Document type: Sale
Year: 1461
Scribe: [Unknown]
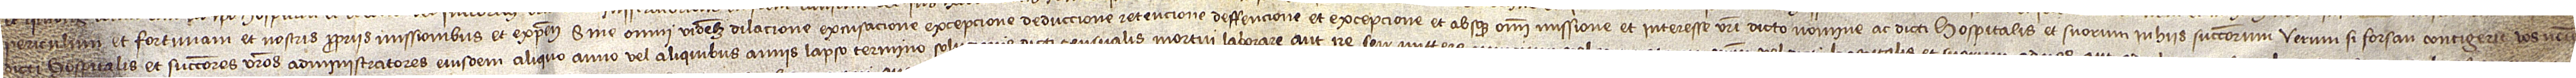
periculum et fortunam, et nostris propriis missionibus et expensis, sine omni videlicet dilacione, excusacione, excepcione, deduccione, retencione, deffencione et excepcione, et absque omni missione et interesse vestri dicto nomine ac dicti hospitalis et suorum in hiis successorum. Verum si forsan contigerit vos nomine